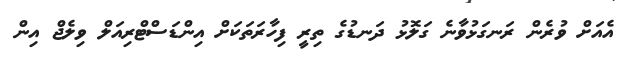
އެއަށް ވުރެން ރަނގަޅުވާނެ ގަލޮޅު ދަނޑުގެ ތިރީ ފިހާރަތަކަށް އިންޑަސްޓްރިއަލް ވިލެޖް އިން